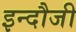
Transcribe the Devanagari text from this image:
इन्दौजी